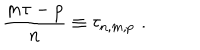
\frac { m \tau - p } { n } \equiv \tau _ { n , m , p } \, \, .